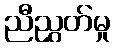
ညီညွှတ်မှု